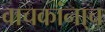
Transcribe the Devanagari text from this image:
वाचकांना्च